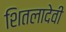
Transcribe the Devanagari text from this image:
शितलादेवी